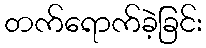
တက်ရောက်ခဲ့ခြင်း